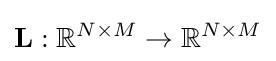
\mathbf {L} :\mathbb {R} ^{N\times M}\to \mathbb {R} ^{N\times M}